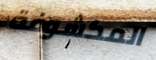
المكشوفة